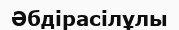
Әбдірасілұлы